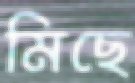
মিছে